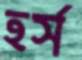
হর্স